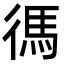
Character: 𫹞